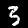
Digit: 3